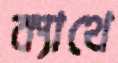
ক্যাথে